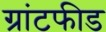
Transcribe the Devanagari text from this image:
ग्रांटफीड